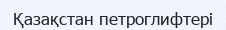
Қазақстан петроглифтері